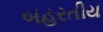
બહરતીય